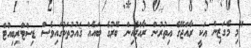
"މި މެގަޒިން އަކީ ރާއްޖޭގެ އިތުރުން ރާއްޖެއިން ބޭރުގެ ބައެއް ޤައުމުތަކުގައިވެސް ޑިސްޓްރިބިއުޓް